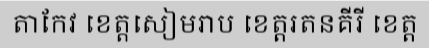
តាកែវ ខេត្តសៀមរាប ខេត្តរតនគីរី ខេត្ត